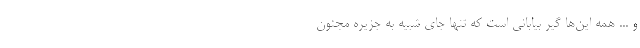
و ... همه این‌ها گیرِ بیابانی است که تنها جای شبیه به جزیره مجنون